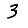
Digit: 3